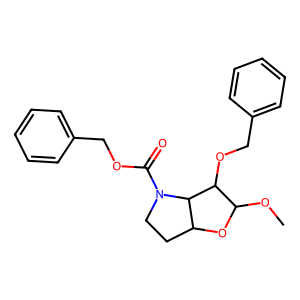
SMILES: COC1OC2CCN(C(=O)OCc3ccccc3)C2C1OCc1ccccc1
Inhibits HIV replication: No